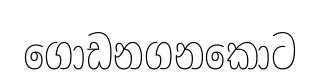
ගොඩනගනකොට